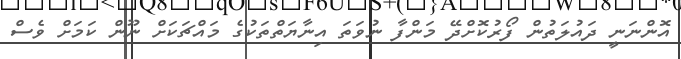
އޮންނަނީ ދައުލަތުން ފޯރުކޮށްދޭ މަންފާ ނުވަތަ އިނާޔަތްތަކުގެ މައްޗަކަށް ނޫން ކަމަށް ވެސް